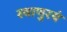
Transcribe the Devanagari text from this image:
स्थाणुरयं